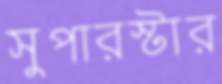
সুপারস্টার